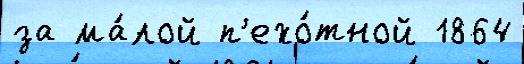
за ма́лой п'ехо́тной 1864